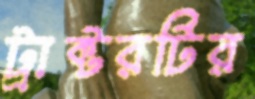
ট্রাক্টরটির